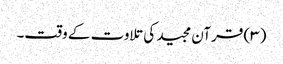
(۳) قرآن مجید کی تلاوت کے وقت۔